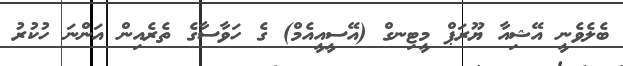
ބެލެވެނީ އޭޝިއާ ޔޫރަޕް މީޓިނގް (އޭސީއީއެމް) ގެ ހަވާސާގެ ތެރެއިން އަންނަ ހުކުރު